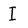
Character: I